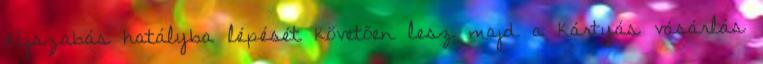
díjszabás hatályba lépését követően lesz majd a kártyás vásárlás